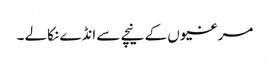
مرغیوں کے نیچے سے انڈے نکالے ۔